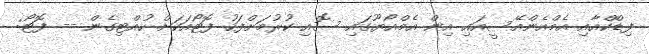
ފިޑްކްއާއި އެމްއެންއޭސީއައި އިން އެމްއޯޔޫގައި ސޮއި ކުރުމަށްފަހު ފޮޓޯއަކަށް ހުއްޓިގެން -- ފޮޓޯ: